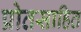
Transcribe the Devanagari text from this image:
प्रोतसाहित